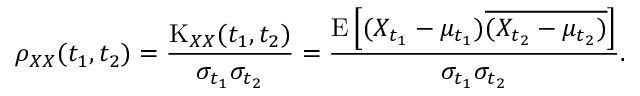
\rho _ { X X } ( t _ { 1 } , t _ { 2 } ) = { \frac { \operatorname { K } _ { X X } ( t _ { 1 } , t _ { 2 } ) } { \sigma _ { t _ { 1 } } \sigma _ { t _ { 2 } } } } = { \frac { \operatorname { E } \left[ ( X _ { t _ { 1 } } - \mu _ { t _ { 1 } } ) { \overline { { ( X _ { t _ { 2 } } - \mu _ { t _ { 2 } } ) } } } \right] } { \sigma _ { t _ { 1 } } \sigma _ { t _ { 2 } } } } .